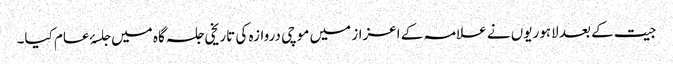
جیت کے بعد لاہوریوں نے علامہ کے اعزاز میں موچی دروازہ کی تاریخی جلسہ گاہ میں جلسۂ عام کیا۔